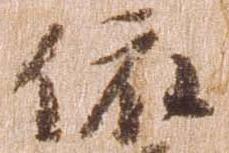
依